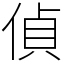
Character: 偵